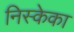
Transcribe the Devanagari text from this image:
निस्केका